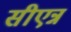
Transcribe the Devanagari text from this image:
सीएन्न